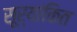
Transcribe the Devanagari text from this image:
सूर्यांकित